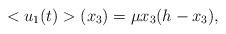
LaTeX: \begin{align*}<u_1(t)>(x_3)=\mu x_3(h-x_3),\end{align*}